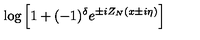
\log \left[ 1 + ( - 1 ) ^ { \delta } e ^ { \pm i Z _ { N } ( x \pm i \eta ) } \right]